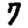
Digit: 7